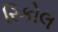
રિકોલ